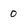
Character: 0